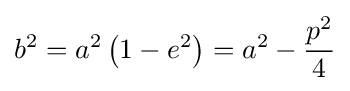
b^{2}=a^{2}\left(1-e^{2}\right)=a^{2}-{\frac {p^{2}}{4}}